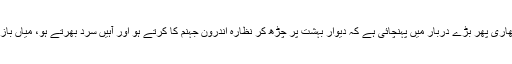
میرزا باقر علی خان کے مکتوب سے ہویدا ہوا کہ رِضوان نے رپٹ تمھاری پھر بڑے دربار میں پہنچائی ہے کہ دیوارِ بہشت پر چڑھ کر نظّارہ اندرونِ جہنم کا کرتے ہو اور آہیں سرد بھرتے ہو، میاں باز آجاؤ، خود تو پکڑے جاؤ گے، ساتھیوں پر پابندی مفت میں لگواؤ گے۔